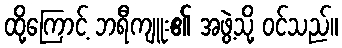
ထို့ကြောင့် ဘရီကျူး၏ အဖွဲ့သို့ ဝင်သည်။